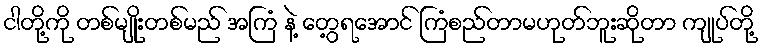
ငါတို့ကို တစ်မျိုးတစ်မည် အကြံ နဲ့ တွေ့ရအောင် ကြံစည်တာမဟုတ်ဘူးဆိုတာ ကျုပ်တို့